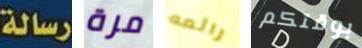
رسالة مرة رائعه بوقتكم